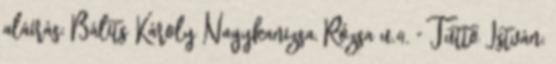
aláírás: Bálits Károly Nagykanizsa, Rózsa u.4. " Tüttő István: